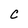
Character: C